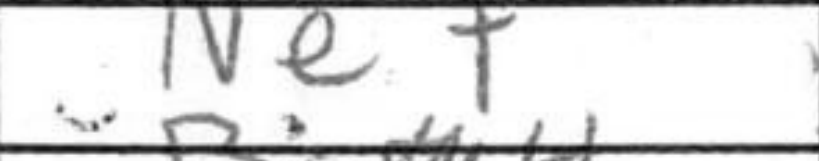
Transcription: Ne7